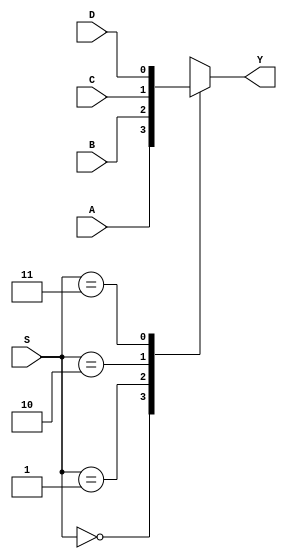
module multiplexer41_case_statement(Y, A, B, C, D, S);
input A, B, C, D;
input [1:0]S;
output reg Y;

// using case statement
always @*
begin 
case(S)
	2'b00 : Y = A;
	2'b01 : Y = B;
	2'b10 : Y = C;
	2'b11 : Y = D;
	default : Y = 1'bx;
endcase
end 
endmodule